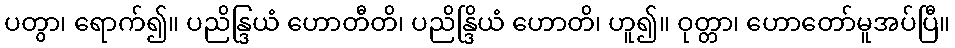
ပတွာ၊ ရောက်၍။ ပညိန္ဒြယံ ဟောတီတိ၊ ပညိန္ဒြိယံ ဟောတိ၊ ဟူ၍။ ဝုတ္တာ၊ ဟောတော်မူအပ်ပြီ။